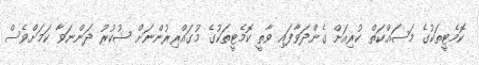
ކޮމެޓީތަކުގެ މަސައްކަތް ކުރިއަށް ގެންދަވާފައި ވާތީ ކޮމެޓީތަކުގެ މުގައްރިރުންނަށް ޝުކުރު ދަންނަވާ ކަމަށްވެސް